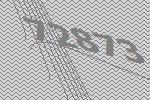
72873